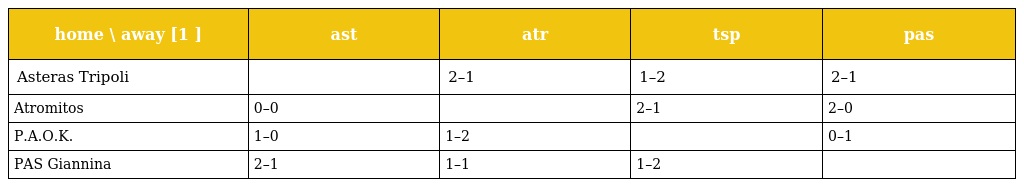
| home \ away [1 ] | ast | atr | tsp | pas |
 | --- | --- | --- | --- | --- |
 | Asteras Tripoli |  | 2–1 | 1–2 | 2–1 |
 | Atromitos | 0–0 |  | 2–1 | 2–0 |
 | P.A.O.K. | 1–0 | 1–2 |  | 0–1 |
 | PAS Giannina | 2–1 | 1–1 | 1–2 |  |